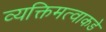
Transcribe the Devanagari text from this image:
व्यक्तिमत्वाकडे